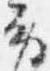
労